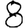
Digit: 8